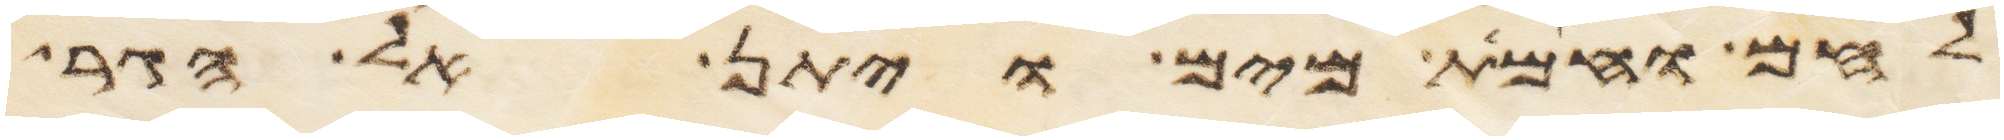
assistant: לחם וחמת מים ויתן אל הגר